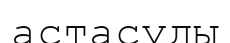
астасуды